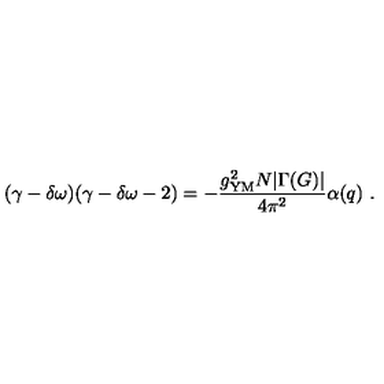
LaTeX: ( \gamma - \delta \omega ) ( \gamma - \delta \omega - 2 ) = - { \frac { g _ { \mathrm { Y M } } ^ { 2 } N | \Gamma ( G ) | } { 4 \pi ^ { 2 } } } \alpha ( q ) \ .